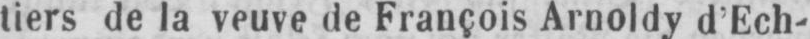
tiers de la veuve de François Arnoldy d’Ech-